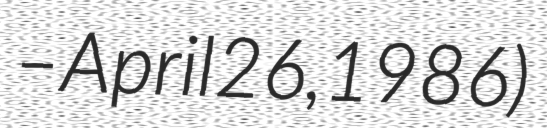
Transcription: – April 26, 1986)